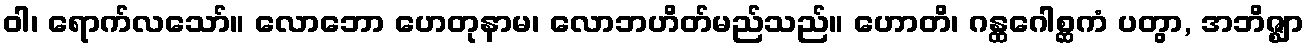
ဝါ၊ ရောက်လသော်။ လောဘော ဟေတုနာမ၊ လောဘဟိတ်မည်သည်။ ဟောတိ၊ ဂန္ထဂေါစ္ဆကံ ပတွာ, အဘိဇ္ဈာ